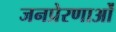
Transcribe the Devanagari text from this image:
जनप्रेरणाओं